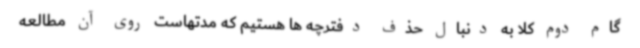
گام دوم کلا به دنبال حذف دفترچه ها هستیم که مدتهاست روی آن مطالعه